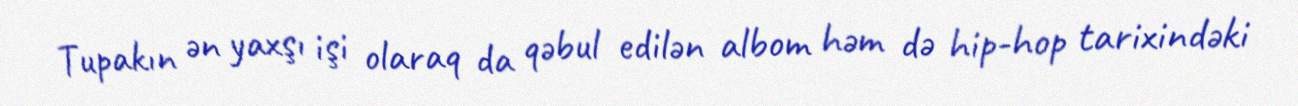
Tupakın ən yaxşı işi olaraq da qəbul edilən albom həm də hip-hop tarixindəki